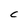
Character: C